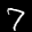
Label: 7